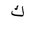
Letter: _kaf